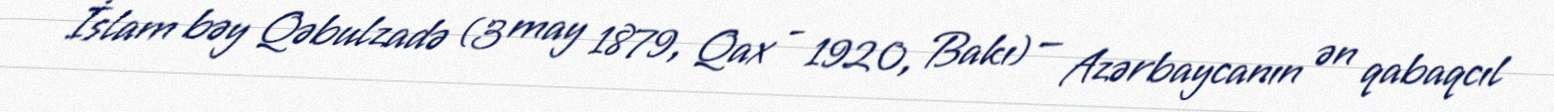
İslam bəy Qəbulzadə (3 may 1879, Qax - 1920, Bakı) — Azərbaycanın ən qabaqcıl